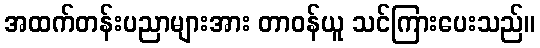
အထက်တန်းပညာများအား တာဝန်ယူ သင်ကြားပေးသည်။